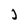
Character: j